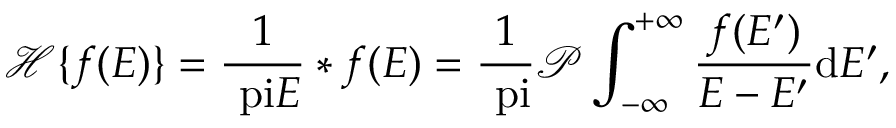
\mathcal { H } \{ f ( E ) \} = \frac { 1 } { \mathrm { \ p i } E } \ast f ( E ) = \frac { 1 } { \mathrm { \ p i } } \mathcal { P } \int _ { - \infty } ^ { + \infty } \frac { f ( E ^ { \prime } ) } { E - E ^ { \prime } } \mathrm { d } { E ^ { \prime } } ,